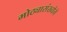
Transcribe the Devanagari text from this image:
मोठ्यासंख्येने